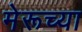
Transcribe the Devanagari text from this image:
मेरूच्या